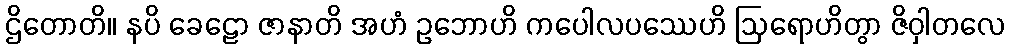
ဌိတောတိ။ နပိ ခေဠော ဇာနာတိ အဟံ ဥဘောဟိ ကပေါလပဿေဟိ ဩရောဟိတွာ ဇိဝှါတလေ